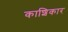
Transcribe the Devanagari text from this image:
काशिकार